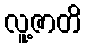
လူ့ဇာတိ